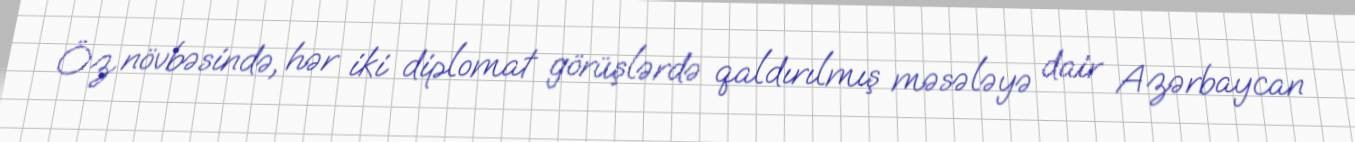
Öz növbəsində, hər iki diplomat görüşlərdə qaldırılmış məsələyə dair Azərbaycan